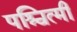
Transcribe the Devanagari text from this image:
पश्चित्मी